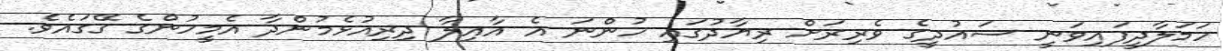
ހަމަލާދީފައިވަނީ ސައުދީގެ ވެރިރަށް ރިޔާދުގައި ހުންނަ އެ އާއިލާ ދިރިއުޅެމުންދާ އެމީހުންގެ ގޭގައެވެ.